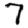
Digit: 7